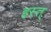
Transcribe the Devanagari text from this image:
हस्त्